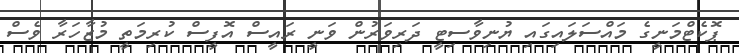
ޕޮކެޓްމަނީގެ މައްސަލައިގައި ޔުނިވާސިޓީ ދަރިވަރުން ވަނީ ރައީސް އޮފީސް ކުރިމަތީ މުޒާހަރާ ވެސް